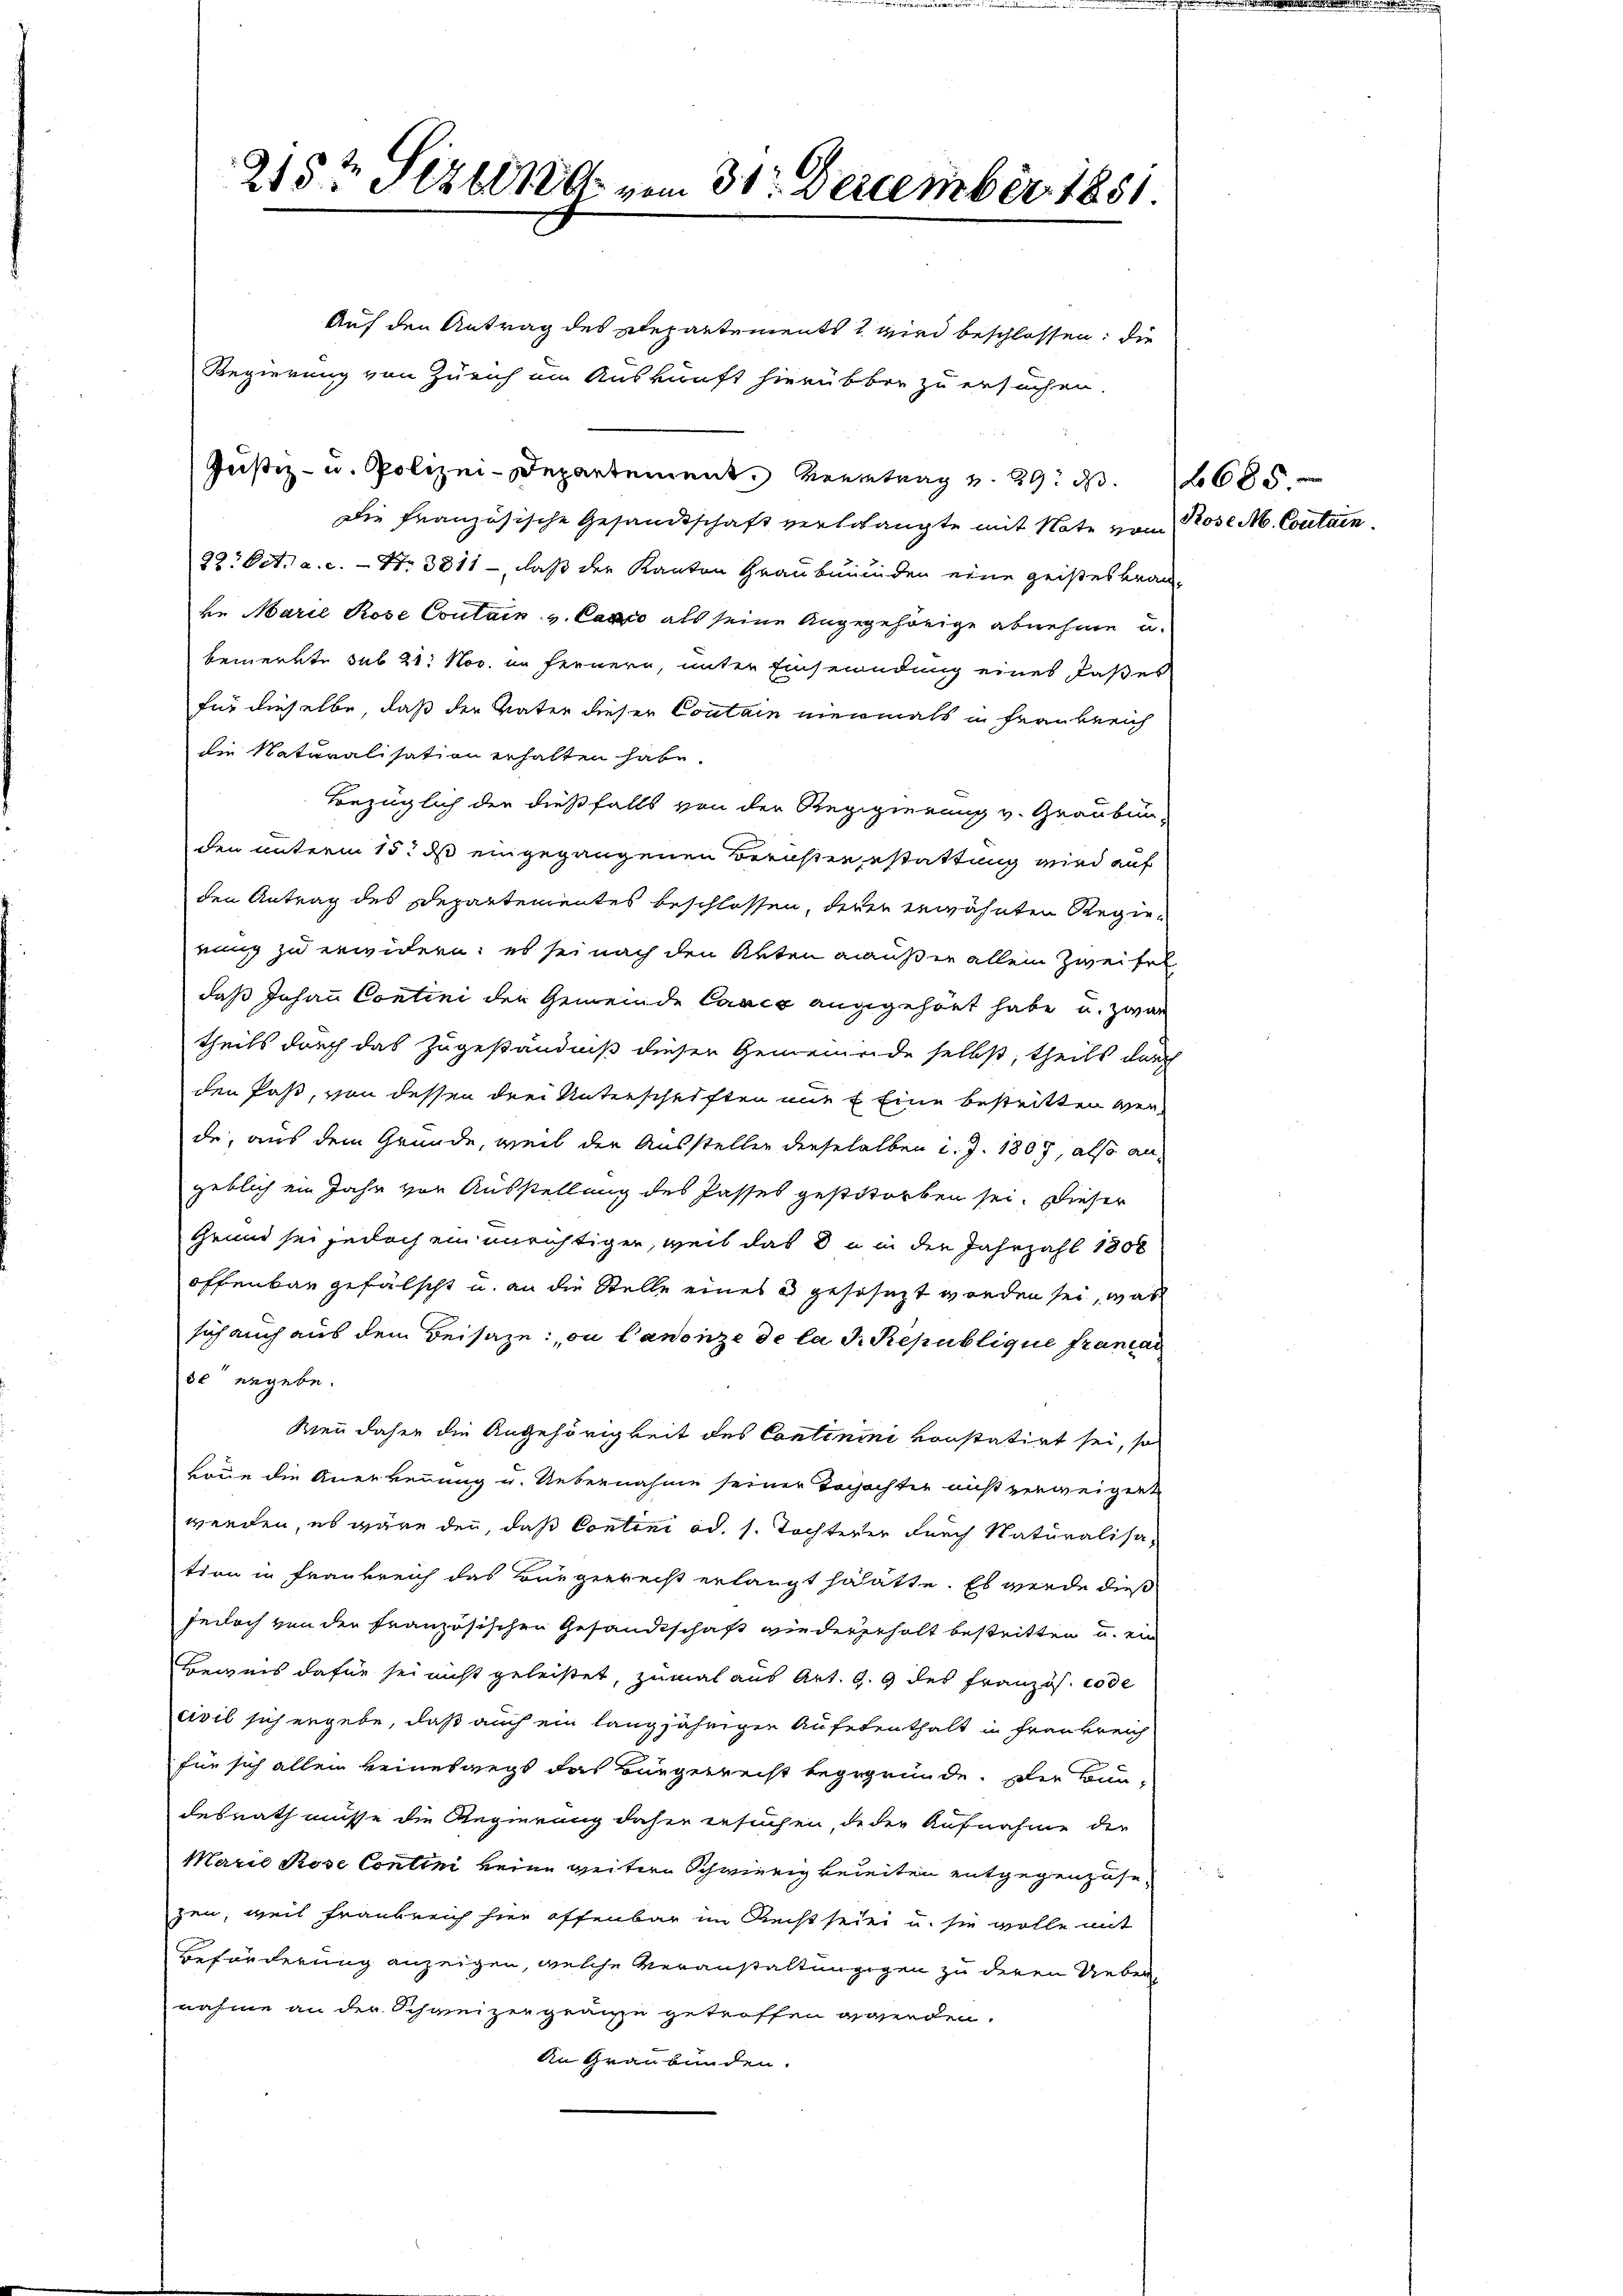
215t Setzten vom 31. Dezember 1851.

Auf den Antrag des Repartements 2 wird beschlossen: die
Regierung von Zürich im Auskunft hierübter zu ersuchen.
Justiz- u. Polizei-Departement
Die französische Gesandtschaft verbolangte mit Note vom Prose M. Contain
22. Oct. a. c. - No 3011 -, daß der Kanton Graubünden eine geistes brauke Marie Rose Coulain v. Cario als seine Angegehörige abnehme u.
bemerkte sub 21. Nov. im fernern, unter Einsendung eines Paßes
für dieselbe, daß der Vater dieser Coutain niemals in Frankreich
die Naturalisation erhalten habe.
bezüglich der dießfalls von der Regigierung v. Graubun-
den unterm 15. ds eingegangenen Berichterestattung wird auf
den Antrag des Departementes beschlossen, deren erwähnten Regierung zu erwidern: es sei nach den Akten außer allein Zweifel
daß Johann Contini den Gemeinde Cance angegehört habe, u. zwar
theils durch das Zugeständniß dieser Gemeinende selbst, theils durch
den Past, von dessen drei Unterschriften nur f Eine bestritten Verde, aus dem Grunde, weil der Ausstellen dieselelben d. J. 1807, also angeblich ein Jahr vor Ausstellung des Passes gestitorben sei. Dieser
Grund sei jedoch ein unrichtigen, weil das du in der Jahrzahl 1300
offenbar gefälscht u. an die Stelle eines e geschüzt worden sei, was
sich auch aus dem Beisaze: on Canonze de la d. Republique francan
50 ergebe.
Wenn daher die Angehörigkeit des Continini konstatirt sei, so
Baue die Anerkennung u. Uebernahme seiner Tochachter nicht verweigent
werden, es wäre den, daß Contini ad. s. Tochterer durch Naturalisation in Frankreich das Bürgerrecht erlangt hatte. Es werde dieß
jedoch von der französischen Gesandtschaft wiedergeholt bestritten u. ein
Beweis dafür sei nicht geleistet, zumal aus Art. 9. 9 des Französ. code
civil sich ergebe, daß auch ein langjährigen Aufetenthalt in Frankreich-
für sich allein keineswegs das Bürgerrecht begegründe. Die Bundesrath müsse die Regierung daher ersuchen, de der Aufnahme der
Marie Rose Contini keine weitere Schwierig beleiten entgegenzusezen, weil Frankreich hier offenbar im Recht sein u. sie wolle mit
Beförderung anzeigen, welche Veranstaltungsgen zu deren Uebernahme an der Schweizergränze getroffen werden.
An Graubünden.